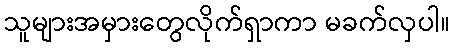
သူများအမှားတွေလိုက်ရှာကာ မခက်လှပါ။